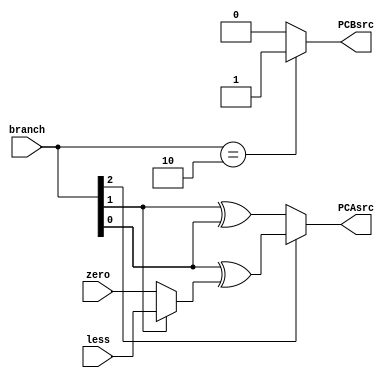
module branch_cond(
	input less, zero,
	input [2:0] branch,
	output PCAsrc, PCBsrc
);

wire cond;
assign cond = branch[0] ^ (branch[1] ? less : zero);
assign PCBsrc = (branch==3'b010 ? 1'b1 : 1'b0);
assign PCAsrc = (branch[2] ? cond : branch[1] ^ branch[0]);
endmodule